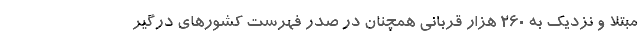
مبتلا و نزدیک به ۲۶۰ هزار قربانی همچنان در صدر فهرست کشورهای درگیر